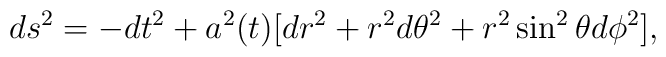
ds^2=-dt^2+a^2(t)[dr^2+r^2 d\theta^2+r^2\sin^2\theta d\phi^2],